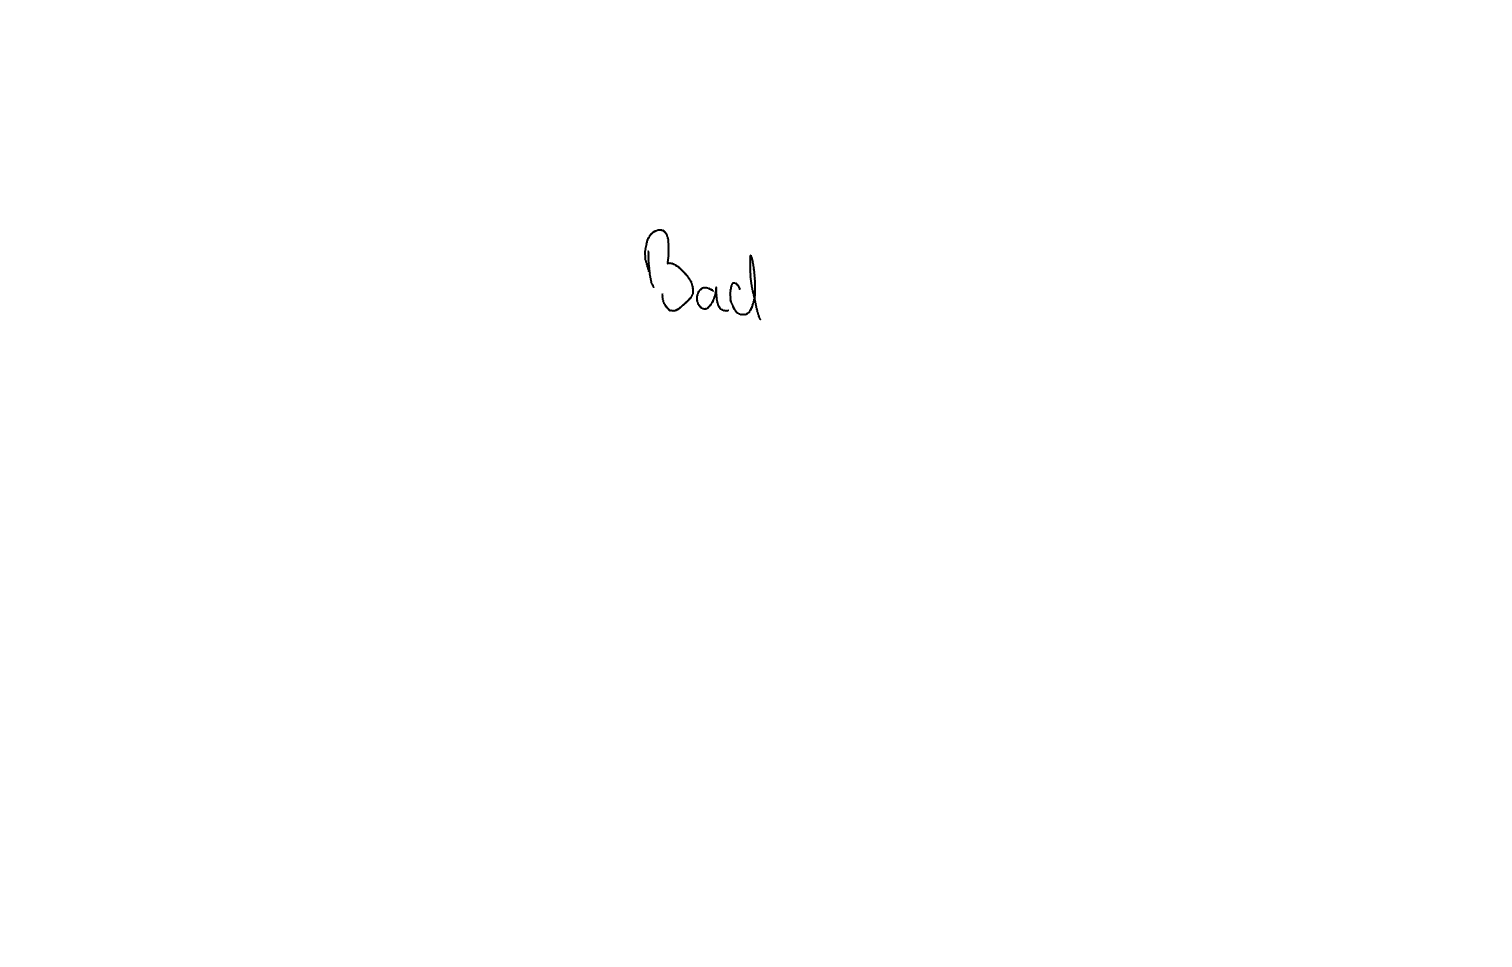
Text: Bad